Plague in India, 1896, 1897 - Volume 3
Year: 1896
Disease focus: Plague
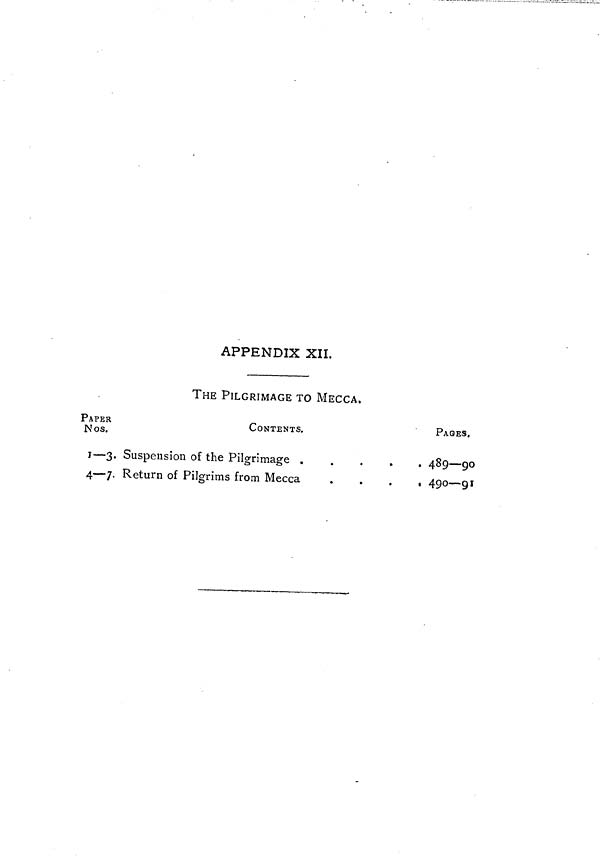
APPENDIX XII.
THE PILGRIMAGE TO MECCA.
PAPER
Nos.
1—3-
4—7.
CONTENTS.
Suspension of the Pilgrimage .
Return of Pilgrims from Mecca
PAGES.
. 489 — 90
. 490—91